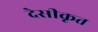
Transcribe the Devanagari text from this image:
देसीकृत